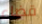
قضاء